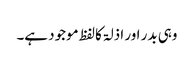
وہی بدر اور اذلۃ کالفظ موجود ہے۔